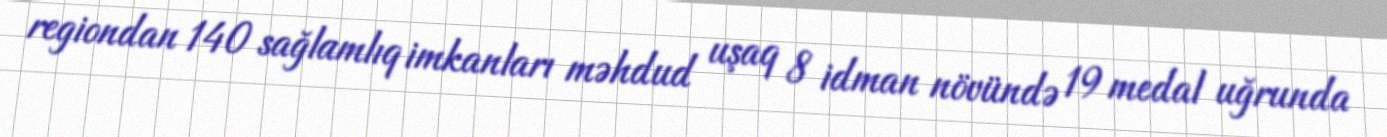
regiondan 140 sağlamlıq imkanları məhdud uşaq 8 idman növündə 19 medal uğrunda